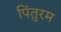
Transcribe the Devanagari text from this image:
पिंतुरम